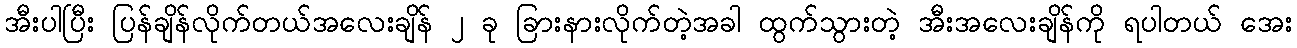
အီးပါပြီး ပြန်ချိန်လိုက်တယ်အလေးချိန် ၂ ခု ခြားနားလိုက်တဲ့အခါ ထွက်သွားတဲ့ အီးအလေးချိန်ကို ရပါတယ် အေး